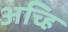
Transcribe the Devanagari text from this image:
अच्हि